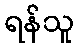
ရန်သူ